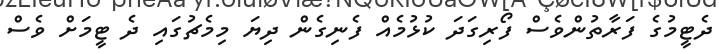
ދެޓީމުގެ ފަރާތުންވެސް ފޯރިގަދަ ކުޅުމެއް ފެނިގެން ދިޔަ މިމެޗުގައި ދެ ޓީމަށް ވެސް